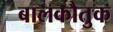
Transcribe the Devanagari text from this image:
बालकौतुक